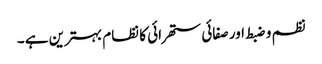
نظم و ضبط اور صفائی ستھرائی کا نظام بہترین ہے ۔